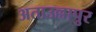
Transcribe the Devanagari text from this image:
अताउल्लापुर